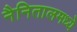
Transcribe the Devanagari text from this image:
नैनितालमध्ये